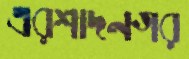
এরশাদনগর